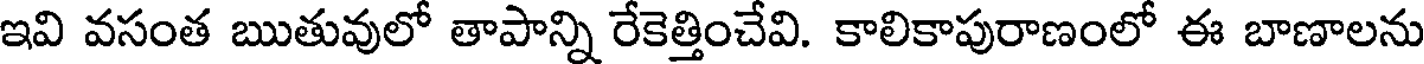
ఇవి వసంత ఋతువులో తాపాన్ని రేకెత్తించేవి. కాలికాపురాణంలో ఈ బాణాలను